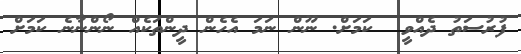
ފުރުސަތު ދެއްވީ  ކަމަށް. ނޫން ނަމަ އެހެން ދީންތަކެއް ނޯންނާނެ ކަމަށް